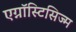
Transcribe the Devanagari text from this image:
एग्नॉस्टिसिज्म